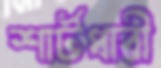
শার্টধারী